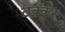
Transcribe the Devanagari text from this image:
ठक्कुर